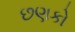
છણકો